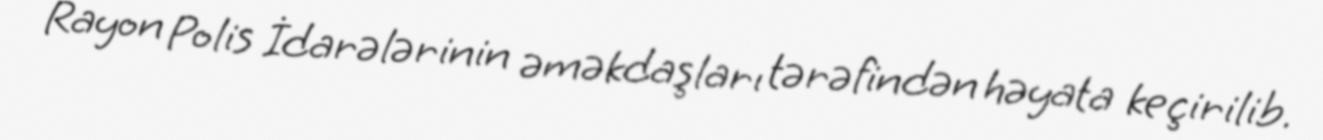
Rayon Polis İdarələrinin əməkdaşları tərəfindən həyata keçirilib.